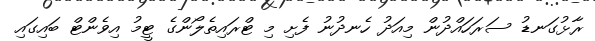
ރާޅުގަނޑު ސަރަހައްދުން މިއަދު ހެނދުނު ފެށި މި ޓްރައިތެލޯންގެ ޓީމު އިވެންޓް ބައިގައި